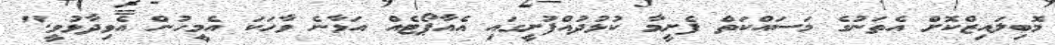
މޮބިލައިޒްކޮށް އެތަނުގެ މަސައްކަތް ފެށީމާ ކުޅުދުއްފުށީގައި އެއާޕޯޓެއް އަޅާނެ ވާހަކަ އެމީހުން އެވިދާޅުވީ."